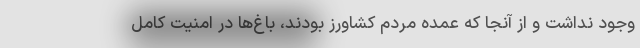
وجود نداشت و از آنجا که عمده مردم کشاورز بودند، باغ‌ها در امنیت کامل